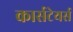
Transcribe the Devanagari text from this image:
कार्सटेयर्स